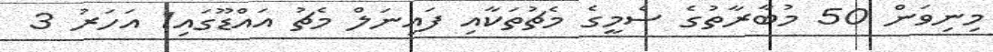
މިނިވަން 50 މުބާރާތުގެ ސެމީގެ މެޗުތަކާއި ފައިނަލް މެޗު އައްޑޫގައި1 އަހަރު 3